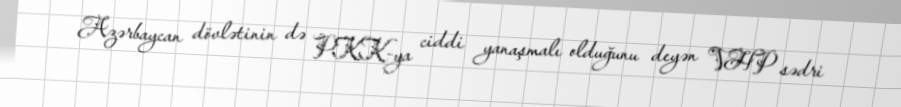
Azərbaycan dövlətinin də PKK-ya ciddi yanaşmalı olduğunu deyən VHP sədri